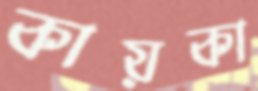
কায়কা